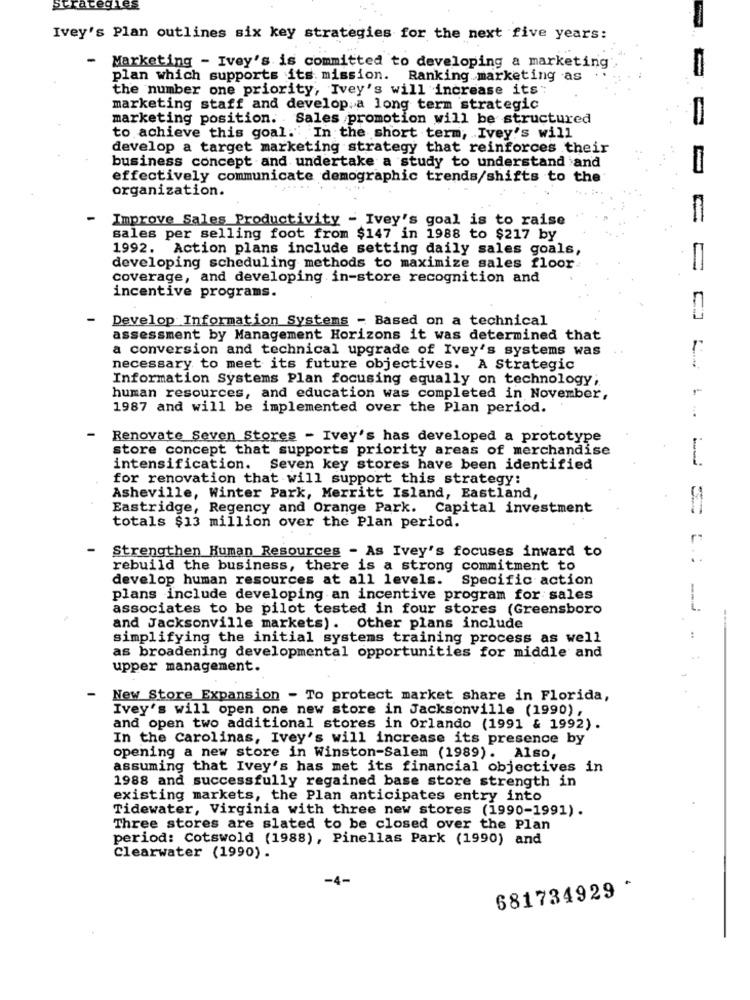
Strate
Ivey's Plan outlines six key strategies for the next five years:
-
Marketing - Ivey's is committed to developing a marketing
plan which supports its mission. Ranking marketing as ..
the number one priority, Ivey's will increase its:
marketing staff and develop.a long term strategic
marketing position. Sales promotion will be structured
to achieve this goal." In the short term, Ivey's will
develop a target marketing strategy that reinforces their
business concept and undertake a study to understand and
effectively communicate demographic trends/shifts to the
organization.
-
Improve Sales Productivity - Ivey's goal is to raise
sales per selling foot from $147 in 1988 to $217 by
1992. Action plans include setting daily sales goals,
developing scheduling methods to maximize sales floor.
=
coverage, and developing in-store recognition and
incentive programs.
Develop Information Systems - Based on a technical
assessment by Management Horizons it was determined that
a conversion and technical upgrade of Ivey's systems was
necessary to meet its future objectives. A Strategic
Information Systems Plan focusing equally on technology;
human resources, and education was completed in November,
1987 and will be implemented over the Plan period.
-
Renovate Seven Stores - Ivey's has developed a prototype
store concept that supports priority areas of merchandise
intensification. Seven key stores have been identified
---
for renovation that will support this strategy:
Asheville, Winter Park, Merritt Island, Eastland,
Eastridge, Regency and Orange Park. Capital investment
totals $13 million over the Plan period.
Strengthen Human Resources - As Ivey's focuses inward to
rebuild the business, there is a strong commitment to
develop human resources at all levels. Specific action
plans include developing an incentive program for sales
associates to be pilot tested in four stores (Greensboro
and Jacksonville markets). Other plans include
simplifying the initial systems training process as well
:
as broadening developmental opportunities for middle and
upper management.
New Store Expansion - To protect market share in Florida,
Ivey's will open one new store in Jacksonville (1990),
and open two additional stores in Orlando (1991 & 1992).
In the Carolinas, Ivey's will increase its presence by
opening a new store in Winston-Salem (1989). Also,
assuming that Ivey's has met its financial objectives in
1988 and successfully regained base store strength in
existing markets, the Plan anticipates entry into
Tidewater, Virginia with three new stores (1990-1991).
Three stores are slated to be closed over the Plan
period: Cotswold (1988), Pinellas Park (1990) and
Clearwater (1990).
-4-
681734929 *